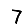
Digit: 7